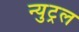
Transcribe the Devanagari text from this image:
न्युट्रल